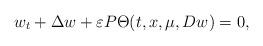
LaTeX: \begin{align*}w_{t}+\Delta w+\varepsilon P\Theta(t,x,\mu,Dw)=0,\end{align*}